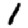
Digit: 1